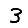
Digit: 3